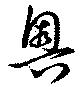
奥